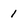
Character: 1